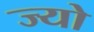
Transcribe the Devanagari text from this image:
ज्‍यो